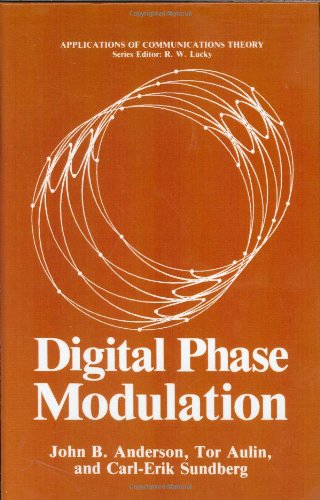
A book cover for Digital Phase Modulation (Applications of Communications Theory); John B. Anderson; Computers & Technology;